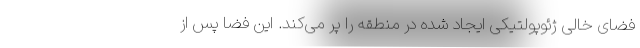
فضای خالی ژئوپولتیکی ایجاد شده در منطقه را پر می‌کند. این فضا پس از